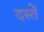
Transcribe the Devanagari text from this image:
दस्तें